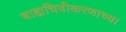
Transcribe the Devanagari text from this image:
बाह्यचित्रीकरणाच्या